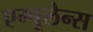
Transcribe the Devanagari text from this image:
एम्‍बूलेन्‍स